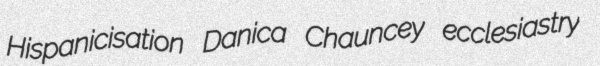
Hispanicisation Danica Chauncey ecclesiastry